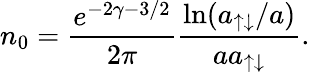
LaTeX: n_{0}=\frac{e^{-2\gamma-3/2}}{2\pi}\frac{\ln(a_{\uparrow\downarrow}/a)}{aa_{\uparrow\downarrow}}.